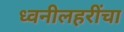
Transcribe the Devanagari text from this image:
ध्वनीलहरींचा